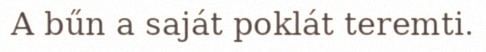
A bűn a saját poklát teremti.